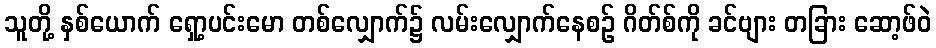
သူတို့ နှစ်ယောက် ရှော့ပင်းမော တစ်လျှောက်၌ လမ်းလျှောက်နေစဉ် ဂိတ်စ်ကို ခင်ဗျား တခြား ဆော့ဖ်ဝဲ